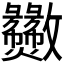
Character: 𫿫